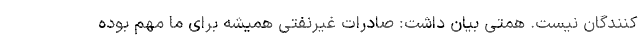
کنندگان نیست. همتی بیان داشت: صادرات غیرنفتی همیشه برای ما مهم بوده